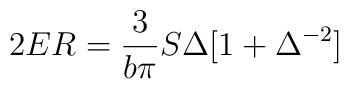
2ER = \frac{3}{b\pi}S\Delta [1 + \Delta^{-2}]